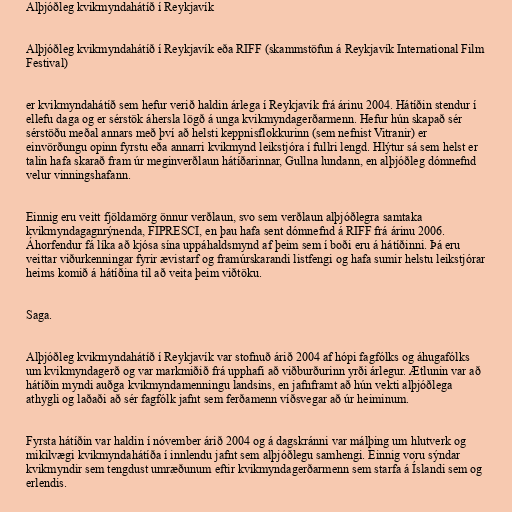
Alþjóðleg kvikmyndahátíð í Reykjavík

Alþjóðleg kvikmyndahátíð í Reykjavík eða RIFF (skammstöfun á Reykjavík International Film
Festival)

er kvikmyndahátíð sem hefur verið haldin árlega í Reykjavík frá árinu 2004. Hátíðin stendur í
ellefu daga og er sérstök áhersla lögð á unga kvikmyndagerðarmenn. Hefur hún skapað sér
sérstöðu meðal annars með því að helsti keppnisflokkurinn (sem nefnist Vitranir) er
einvörðungu opinn fyrstu eða annarri kvikmynd leikstjóra í fullri lengd. Hlýtur sá sem helst er
talin hafa skarað fram úr meginverðlaun hátíðarinnar, Gullna lundann, en alþjóðleg dómnefnd
velur vinningshafann.

Einnig eru veitt fjöldamörg önnur verðlaun, svo sem verðlaun alþjóðlegra samtaka
kvikmyndagagnrýnenda, FIPRESCI, en þau hafa sent dómnefnd á RIFF frá árinu 2006.
Áhorfendur fá líka að kjósa sína uppáhaldsmynd af þeim sem í boði eru á hátíðinni. Þá eru
veittar viðurkenningar fyrir ævistarf og framúrskarandi listfengi og hafa sumir helstu leikstjórar
heims komið á hátíðina til að veita þeim viðtöku.

Saga.

Alþjóðleg kvikmyndahátíð í Reykjavík var stofnuð árið 2004 af hópi fagfólks og áhugafólks
um kvikmyndagerð og var markmiðið frá upphafi að viðburðurinn yrði árlegur. Ætlunin var að
hátíðin myndi auðga kvikmyndamenningu landsins, en jafnframt að hún vekti alþjóðlega
athygli og laðaði að sér fagfólk jafnt sem ferðamenn víðsvegar að úr heiminum.

Fyrsta hátíðin var haldin í nóvember árið 2004 og á dagskránni var málþing um hlutverk og
mikilvægi kvikmyndahátíða í innlendu jafnt sem alþjóðlegu samhengi. Einnig voru sýndar
kvikmyndir sem tengdust umræðunum eftir kvikmyndagerðarmenn sem starfa á Íslandi sem og
erlendis.